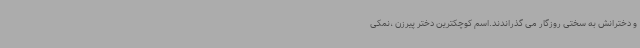
و دخترانش به سختی روزگار می گذراندند.اسم کوچکترین دختر پیرزن ،نمکی